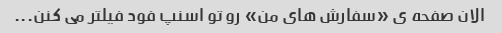
الان صفحه ی «سفارش های من» رو تو اسنپ فود فیلتر می کنن...